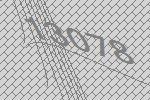
13078